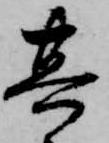
其